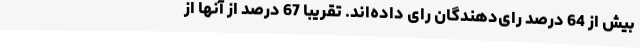
بیش از 64 درصد رای‌دهندگان رای داده‌اند. تقریبا 67 درصد از آنها از